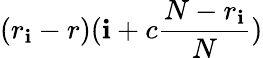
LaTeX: (r_{\mathbf{i}}-r)(\mathbf{i}+c\frac{{N-r_{\mathbf{i}}}}{{N}})